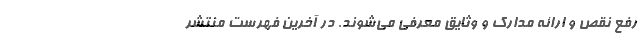
رفع نقص و ارائه مدارک و وثایق معرفی می‌شوند. در آخرین فهرست منتشر